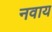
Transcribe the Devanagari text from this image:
नवाय